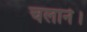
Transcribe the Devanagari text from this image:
चलाने।